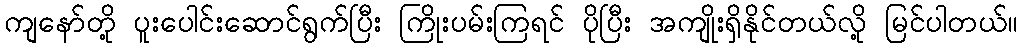
ကျနော်တို့ ပူးပေါင်းဆောင်ရွက်ပြီး ကြိုးပမ်းကြရင် ပိုပြီး အကျိုးရှိနိုင်တယ်လို့ မြင်ပါတယ်။